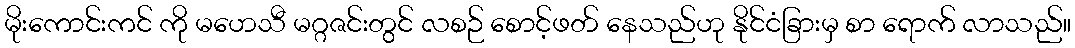
မိုးကောင်းကင် ကို မဟေသီ မဂ္ဂဇင်းတွင် လစဉ် စောင့်ဖတ် နေသည်ဟု နိုင်ငံခြားမှ စာ ရောက် လာသည်။